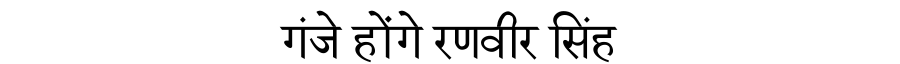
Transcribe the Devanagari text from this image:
गंजे होंगे रणवीर सिंह